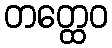
တတ္ထေဝ